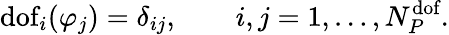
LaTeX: \textrm{dof}_{i}(\varphi_{j})=\delta_{ij},\qquad i,j=1,\ldots,N_{{P}}^{\textrm{dof}}.